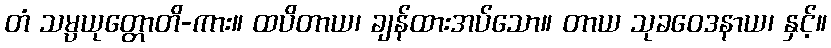
တံ သမ္ပယုတ္တောတိ-ကား။ ထပိတာယ၊ ချန်ထားအပ်သော။ တာယ သုခဝေဒနာယ၊ နှင့်။